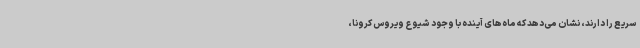
سریع را دارند، نشان می‌دهد که ماه‌های آینده با وجود شیوع ویروس کرونا،